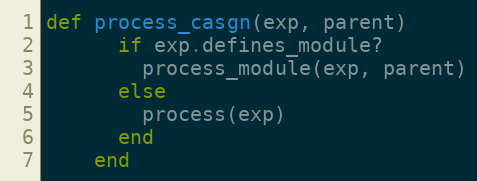
Language: Ruby
def process_casgn(exp, parent)
      if exp.defines_module?
        process_module(exp, parent)
      else
        process(exp)
      end
    end